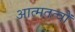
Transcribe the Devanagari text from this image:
आत्मतत्वों